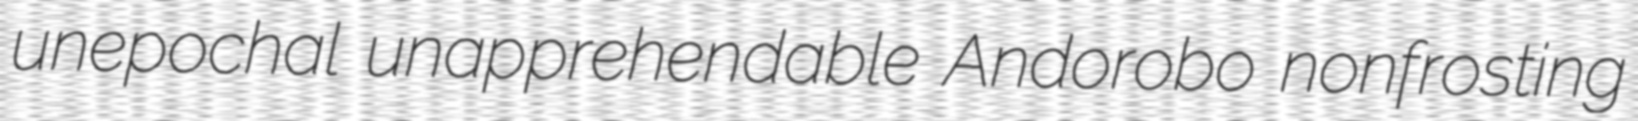
unepochal unapprehendable Andorobo nonfrosting